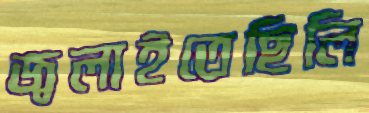
জ্বলাইতেছিলি